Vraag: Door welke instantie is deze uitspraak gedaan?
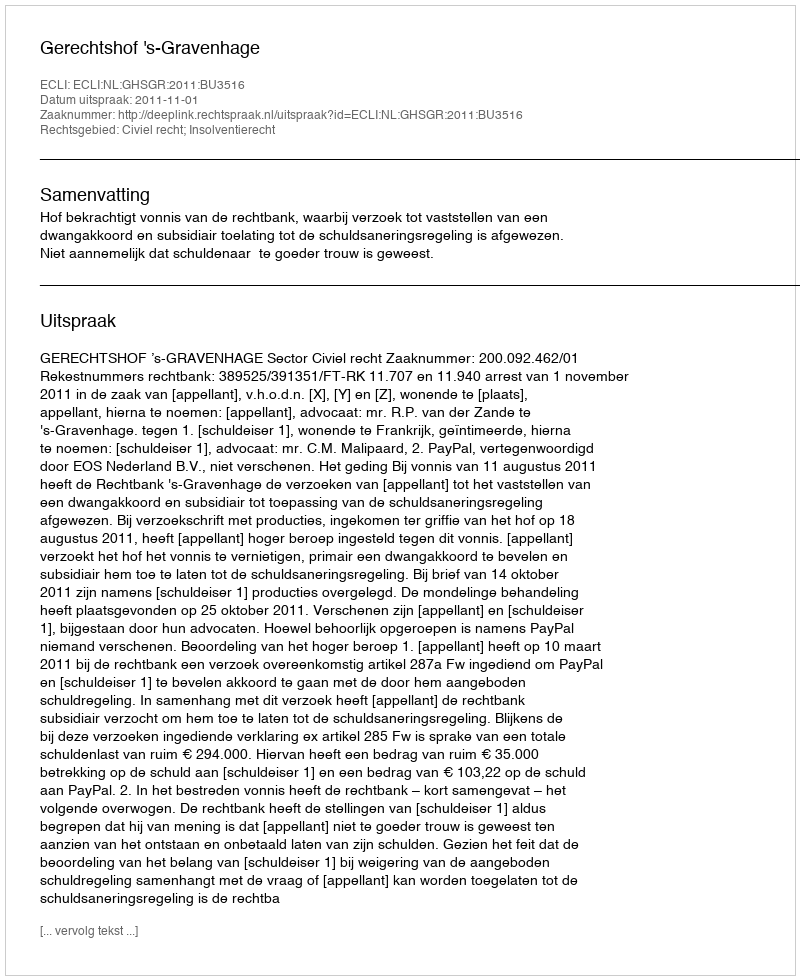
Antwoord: Gerechtshof 's-Gravenhage